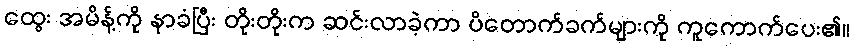
ထွေး အမိန့်ကို နာခံပြီး တိုးတိုးက ဆင်းလာခဲ့ကာ ပိတောက်ခက်များကို ကူကောက်ပေး၏။